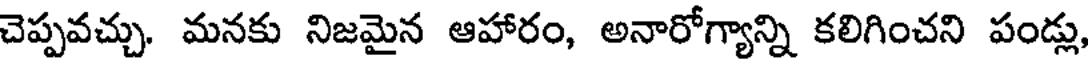
చెప్పవచ్చు. మనకు నిజమైన ఆహారం, అనారోగ్యాన్ని కలిగించని పండ్లు,